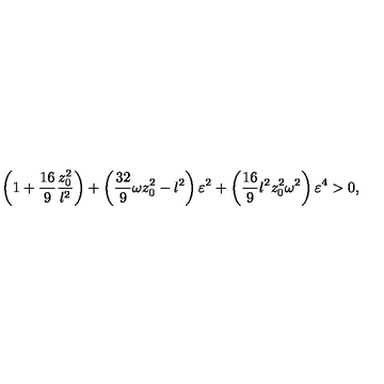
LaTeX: \left( 1 + { \frac { 1 6 } { 9 } } { \frac { z _ { 0 } ^ { 2 } } { l ^ { 2 } } } \right) + \left( { \frac { 3 2 } { 9 } } \omega z _ { 0 } ^ { 2 } - l ^ { 2 } \right) \varepsilon ^ { 2 } + \left( { \frac { 1 6 } { 9 } } l ^ { 2 } z _ { 0 } ^ { 2 } \omega ^ { 2 } \right) \varepsilon ^ { 4 } > 0 ,